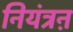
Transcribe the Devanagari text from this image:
नियंत्रऩ